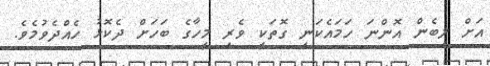
އަށް ލިބެން އޮންނަ ހަމައެކަނި ގޮތަކީ ވެރި މީހާގެ ބަހަށް ދެކޮޅު ހެއްދެވުމެވެ.